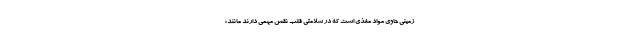
‌زمینی حاوی مواد مغذی است که در سلامتی قلب نقش مهمی دارند مانند؛